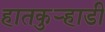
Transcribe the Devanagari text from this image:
हातकुर्‍हाडी